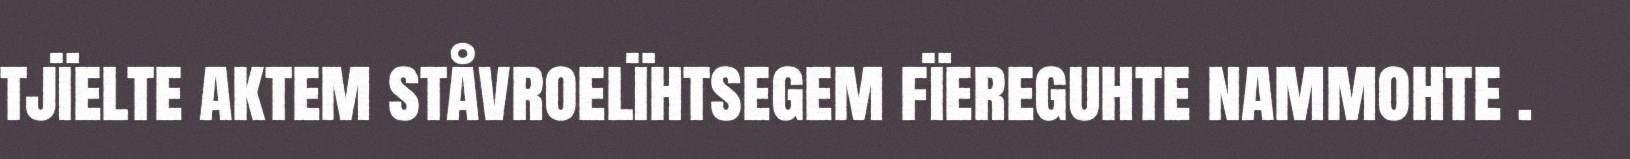
tjïelte aktem ståvroelïhtsegem fïereguhte nammohte .